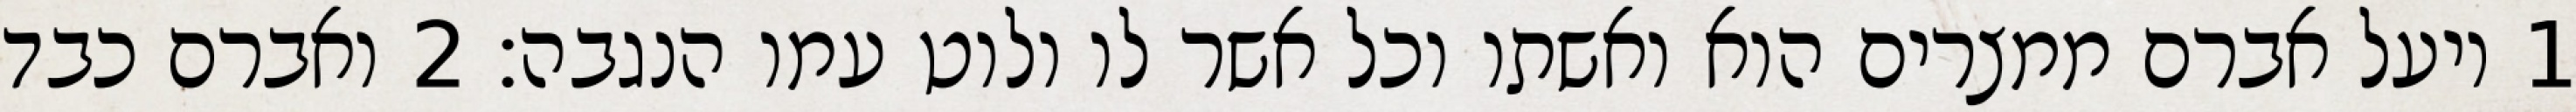
1 ויעל אברם ממצרים הוא ואשתו וכל אשר לו ולוט עמו הנגבה׃ ‎2‏ ואברם כבד